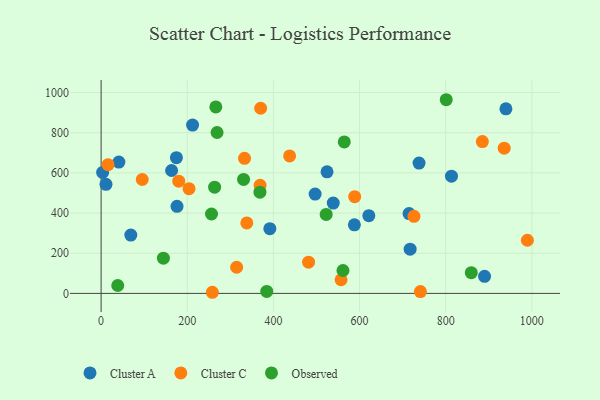
{"axis": {"x": "Engine Size", "y": "Profit"}, "legend": ["Cluster A", "Cluster C", "Observed"], "data": [{"x": "174.8", "y": 675.8, "type": "Cluster A"}, {"x": "212.3", "y": 838.2, "type": "Cluster A"}, {"x": "621.5", "y": 386.8, "type": "Cluster A"}, {"x": "163.6", "y": 611.8, "type": "Cluster A"}, {"x": "738.1", "y": 648.9, "type": "Cluster A"}, {"x": "524.5", "y": 605.3, "type": "Cluster A"}, {"x": "11.3", "y": 543.1, "type": "Cluster A"}, {"x": "3.5", "y": 602.2, "type": "Cluster A"}, {"x": "890.2", "y": 85.1, "type": "Cluster A"}, {"x": "813.4", "y": 583.5, "type": "Cluster A"}, {"x": "68.9", "y": 290.2, "type": "Cluster A"}, {"x": "588.0", "y": 341.5, "type": "Cluster A"}, {"x": "714.9", "y": 397.5, "type": "Cluster A"}, {"x": "717.4", "y": 220.2, "type": "Cluster A"}, {"x": "391.7", "y": 322.1, "type": "Cluster A"}, {"x": "939.8", "y": 918.8, "type": "Cluster A"}, {"x": "41.2", "y": 654.1, "type": "Cluster A"}, {"x": "496.8", "y": 494.5, "type": "Cluster A"}, {"x": "538.9", "y": 449.6, "type": "Cluster A"}, {"x": "176.2", "y": 433.3, "type": "Cluster A"}, {"x": "180.2", "y": 558.7, "type": "Cluster C"}, {"x": "726.3", "y": 383.6, "type": "Cluster C"}, {"x": "258.2", "y": 5.6, "type": "Cluster C"}, {"x": "588.7", "y": 481.8, "type": "Cluster C"}, {"x": "557.1", "y": 68.0, "type": "Cluster C"}, {"x": "338.2", "y": 350.9, "type": "Cluster C"}, {"x": "314.6", "y": 130.3, "type": "Cluster C"}, {"x": "935.8", "y": 723.1, "type": "Cluster C"}, {"x": "741.2", "y": 9.3, "type": "Cluster C"}, {"x": "16.1", "y": 640.9, "type": "Cluster C"}, {"x": "885.1", "y": 756.1, "type": "Cluster C"}, {"x": "481.6", "y": 155.7, "type": "Cluster C"}, {"x": "989.6", "y": 264.7, "type": "Cluster C"}, {"x": "369.0", "y": 538.4, "type": "Cluster C"}, {"x": "95.5", "y": 567.2, "type": "Cluster C"}, {"x": "437.6", "y": 684.5, "type": "Cluster C"}, {"x": "332.9", "y": 672.4, "type": "Cluster C"}, {"x": "204.1", "y": 521.3, "type": "Cluster C"}, {"x": "370.4", "y": 921.8, "type": "Cluster C"}, {"x": "263.5", "y": 529.1, "type": "Observed"}, {"x": "384.5", "y": 9.9, "type": "Observed"}, {"x": "330.7", "y": 567.5, "type": "Observed"}, {"x": "368.7", "y": 503.8, "type": "Observed"}, {"x": "564.5", "y": 754.3, "type": "Observed"}, {"x": "144.6", "y": 175.6, "type": "Observed"}, {"x": "266.3", "y": 928.6, "type": "Observed"}, {"x": "522.5", "y": 393.3, "type": "Observed"}, {"x": "256.3", "y": 395.4, "type": "Observed"}, {"x": "801.2", "y": 964.3, "type": "Observed"}, {"x": "38.6", "y": 39.3, "type": "Observed"}, {"x": "269.2", "y": 801.0, "type": "Observed"}, {"x": "561.5", "y": 114.1, "type": "Observed"}, {"x": "859.4", "y": 103.2, "type": "Observed"}]}